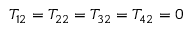
T _ { 1 2 } = T _ { 2 2 } = T _ { 3 2 } = T _ { 4 2 } = 0